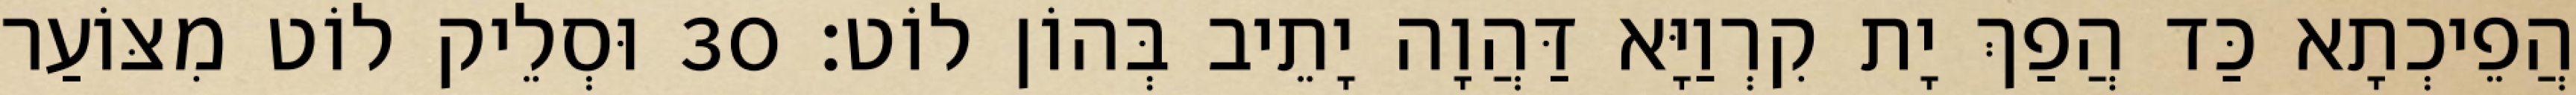
הֲפֵיכְתָא כַּד הֲפַךְ יָת קִרְוַיָּא דַּהֲוָה יָתֵיב בְּהוֹן לוֹט׃ 30 וּסְלֵיק לוֹט מִצּוֹעַר